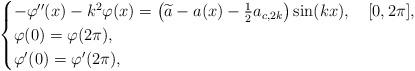
LaTeX: \begin{align*}\begin{cases}-\varphi''(x)-k^2\varphi(x)=\big(\widetilde a-a(x)-\tfrac12a_{c,2k}\big)\sin(kx),\quad[0,2\pi],\\\varphi(0)=\varphi(2\pi),\\\varphi'(0)=\varphi'(2\pi),\end{cases}\end{align*}